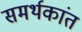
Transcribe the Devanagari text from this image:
समर्थकांत